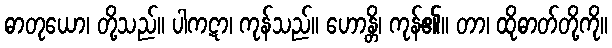
ဓာတုယော၊ တို့သည်။ ပါကဋာ၊ ကုန်သည်။ ဟောန္တိ၊ ကုန်၏။ တာ၊ ထိုဓာတ်တို့ကို။